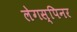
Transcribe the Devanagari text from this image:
लेगस्पिनर